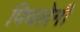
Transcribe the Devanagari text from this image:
पिघलेगी